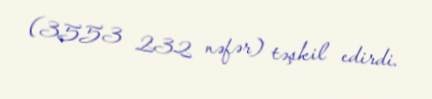
(3553 232 nəfər) təşkil edirdi.